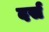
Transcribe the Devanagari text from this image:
दर्स